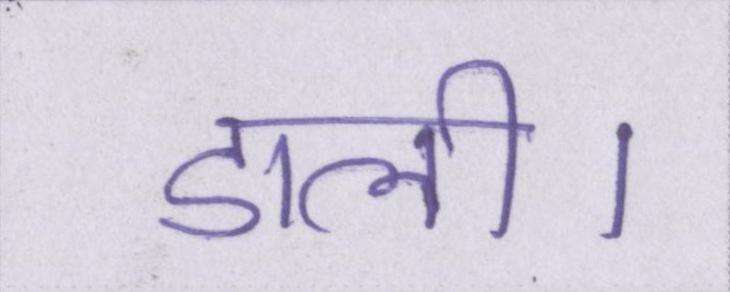
डाली।